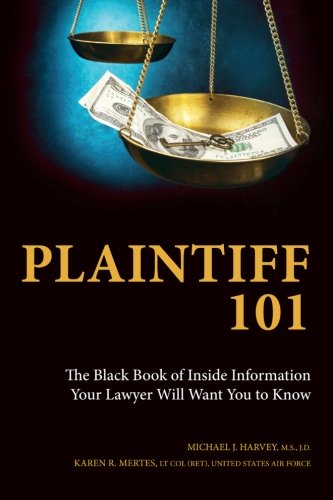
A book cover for Plaintiff 101: The Black Book of Inside Information Your Lawyer Will Want You to Know; Karen R. Mertes; Law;